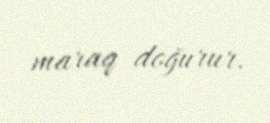
maraq doğurur.